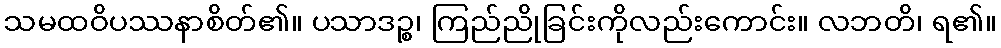
သမထဝိပဿနာစိတ်၏။ ပသာဒဉ္စ၊ ကြည်ညိုခြင်းကိုလည်းကောင်း။ လဘတိ၊ ရ၏။